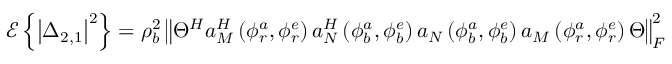
\mathscr { E } \left\{ \left| \Delta _ { 2 , 1 } \right| ^ { 2 } \right\} = \rho _ { b } ^ { 2 } \left\Vert \Theta ^ { H } a _ { M } ^ { H } \left( \phi _ { r } ^ { a } , \phi _ { r } ^ { e } \right) a _ { N } ^ { H } \left( \phi _ { b } ^ { a } , \phi _ { b } ^ { e } \right) a _ { N } \left( \phi _ { b } ^ { a } , \phi _ { b } ^ { e } \right) a _ { M } \left( \phi _ { r } ^ { a } , \phi _ { r } ^ { e } \right) \Theta \right\Vert _ { F } ^ { 2 }